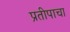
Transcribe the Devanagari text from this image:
प्रतीपाचा